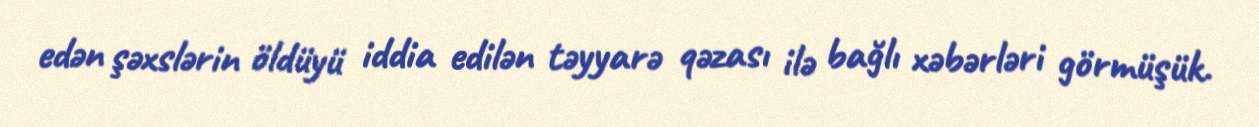
edən şəxslərin öldüyü iddia edilən təyyarə qəzası ilə bağlı xəbərləri görmüşük.